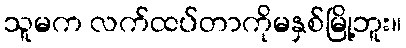
သူမက လက်ထပ်တာကိုမနှစ်မြို့ဘူး။